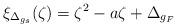
LaTeX: \begin{align*}\xi_{\Delta_{g_s}}(\zeta)=\zeta^2-a\zeta+\Delta_{g_F}\end{align*}